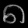
Digit: ၈